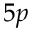
5 p